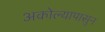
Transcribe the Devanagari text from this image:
अकोल्यापासुन